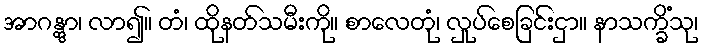
အာဂန္တွာ၊ လာ၍။ တံ၊ ထိုနတ်သမီးကို။ စာလေတုံ၊ လှုပ်စေခြင်းငှာ။ နာသက္ခိံသု၊